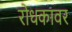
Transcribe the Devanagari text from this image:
रोधकावर